Lunatic asylums in Bengal annual reports 1899-1911 - 1899-1911
Year: 1899
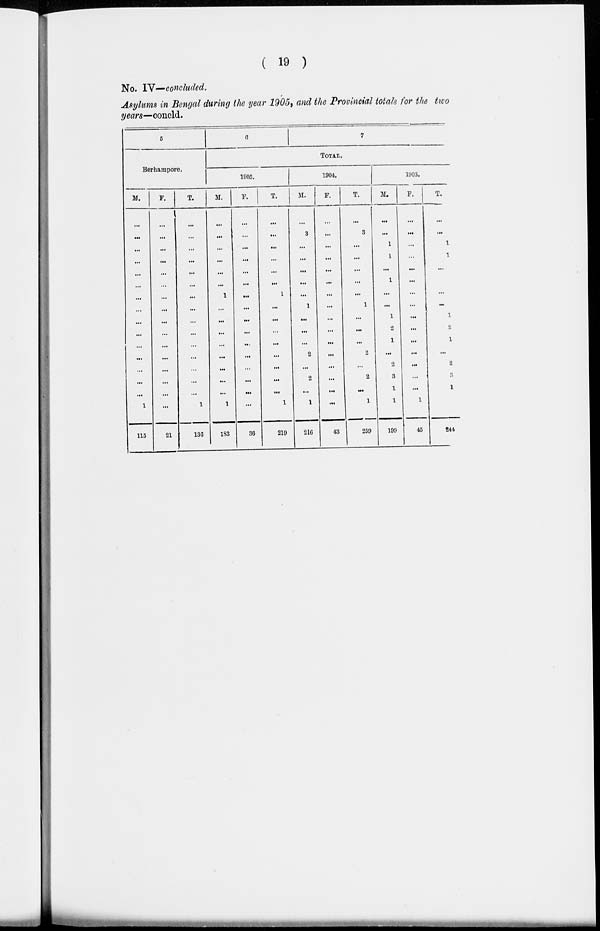
( 19 )
No. IV—concluded.
Asylums in Bengal during the year 1905, and the Provincial totals for the two
years—concld.
5
Berhampore.
M.
...
...
...
...
...
...
...
...
...
...
...
...
...
...
...
1
115
F.
...
...
...
...
...
...
...
...
...
...
...
...
...
...
...
...
21
T.
...
...
...
...
...
...
...
...
...
...
...
...
...
...
...
1
136
6
7
TOTAL.
1905.
M.
...
...
...
...
...
...
1
...
...
...
...
...
...
...
...
1
183
F.
...
...
...
...
...
...
...
...
...
...
...
...
...
...
...
...
36
T.
...
...
...
...
...
...
1
...
...
...
...
...
...
...
...
1
219
1904.
M.
...
3
...
...
...
...
...
1
...
...
...
2
...
2
...
1
216
F.
...
...
...
...
...
...
...
...
...
...
...
...
...
...
...
...
43
T.
...
3
...
...
...
...
...
1
...
...
...
2
...
2
...
1
259
1903.
M.
...
...
1
1
...
1
...
...
1
2
1
...
2
3
1
1
199
F.
...
...
...
...
...
...
...
...
...
...
...
...
...
...
...
1
45
T.
...
...
1
1
...
...
...
...
1
2
1
...
2
3
1
2
244